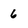
Character: 6